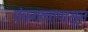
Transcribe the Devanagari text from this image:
पंचगव्यापासून